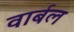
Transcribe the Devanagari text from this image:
वार्बल